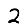
Digit: 2